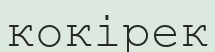
кокірек